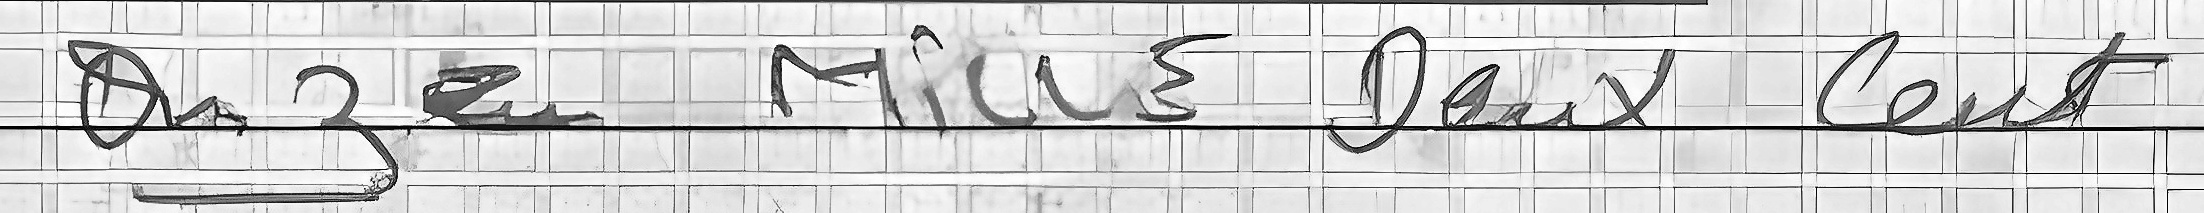
Onze Mille Deux cent